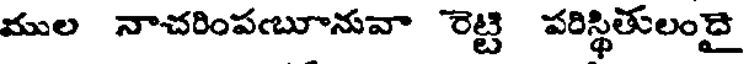
ముల నాచరింపబూనువా రెట్టి పరిస్థితులందై